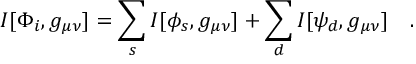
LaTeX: I [ \Phi _ { i } , g _ { \mu \nu } ] = \sum _ { s } I [ \phi _ { s } , g _ { \mu \nu } ] + \sum _ { d } I [ \psi _ { d } , g _ { \mu \nu } ] ~ ~ ~ .